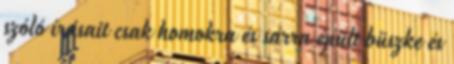
szóló írásait csak homokra és sárra épült büszke és